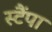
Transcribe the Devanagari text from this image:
स्टैंपा